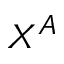
X ^ { A }